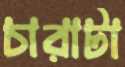
চারাটা